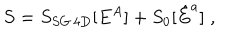
S = S _ { S G \, 4 D } [ E ^ { A } ] + S _ { 0 } [ \hat { E } ^ { a } ] \; ,